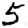
Digit: 5